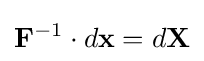
\mathbf {F} ^{-1}\cdot d\mathbf {x} =d\mathbf {X}